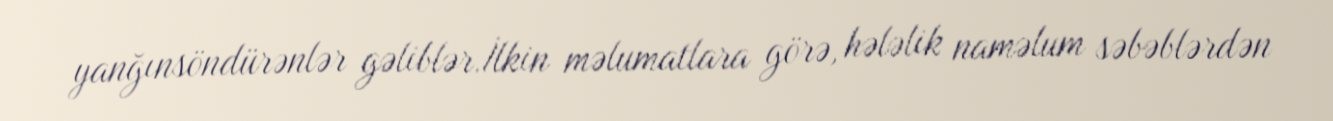
yanğınsöndürənlər gəliblər.İlkin məlumatlara görə, hələlik naməlum səbəblərdən